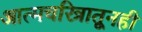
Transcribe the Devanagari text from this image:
आत्मचरित्रातूनही